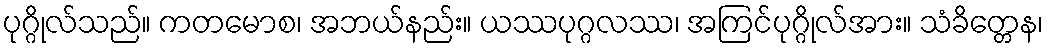
ပုဂ္ဂိုလ်သည်။ ကတမောစ၊ အဘယ်နည်း။ ယဿပုဂ္ဂလဿ၊ အကြင်ပုဂ္ဂိုလ်အား။ သံခိတ္တေန၊